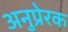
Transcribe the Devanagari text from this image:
अनुप्रेरक